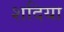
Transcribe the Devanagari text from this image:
शदिया